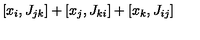
[ x _ { i } , J _ { j k } ] + [ x _ { j } , J _ { k i } ] + [ x _ { k } , J _ { i j } ]